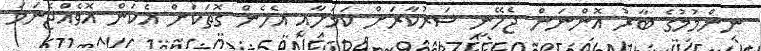
ނިންމުމުގެ ބާރު އޮންނަން ޖެހޭނީ ސަރުކާރަށް ކަމަށާއި އެހެން ގޮތަކަށް އެކަން އޮވެއްޖެނަމަ